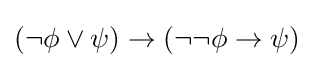
(\neg \phi \lor \psi )\to (\neg \neg \phi \to \psi )